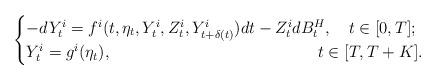
LaTeX: \begin{align*} \begin{cases} -dY_{t}^{i}=f^{i}(t,\eta_{t},Y^{i}_{t},Z^{i}_{t},Y^{i}_{t+\delta(t)}) dt - Z^{i}_{t} dB_{t}^{H}, \ \ \ t\in [0,T]; \\ Y_{t}^{i}=g^{i}(\eta_{t}), \ \ \ \ \ \ \ \ \ \ \ \ \ \ \ \ \ \ \ \ \ \ \ \ \ \ \ \ \ \ \ \ \ \ \ \ \ \ t\in[T,T+K]. \end{cases}\end{align*}